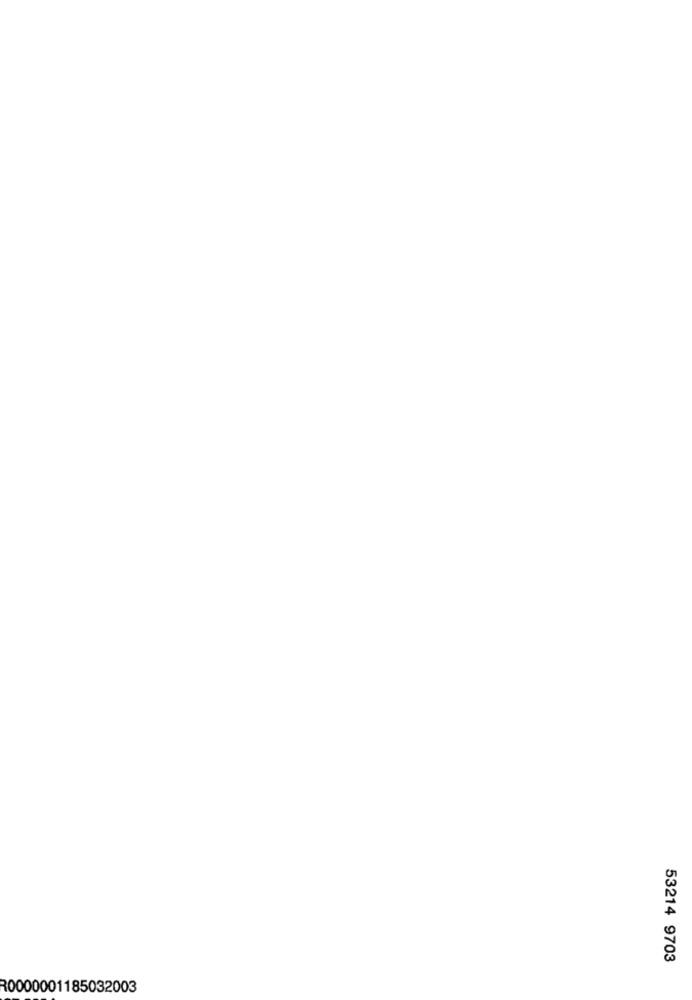
53214 9703
R0000001185032003